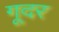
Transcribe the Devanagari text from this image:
गूदर